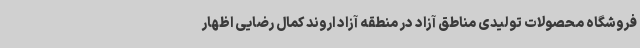
فروشگاه محصولات تولیدی مناطق آزاد در منطقه آزاد اروند کمال رضایی اظهار